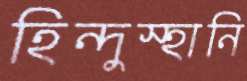
হিন্দুস্হানি